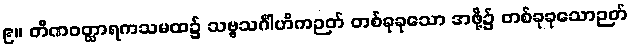
၉။ တိဏဝတ္ထာရကသမထ၌ သဗ္ဗသင်္ဂါဟိကဉတ် တစ်ခုခုသော အဖို့၌ တစ်ခုခုသောဉတ်